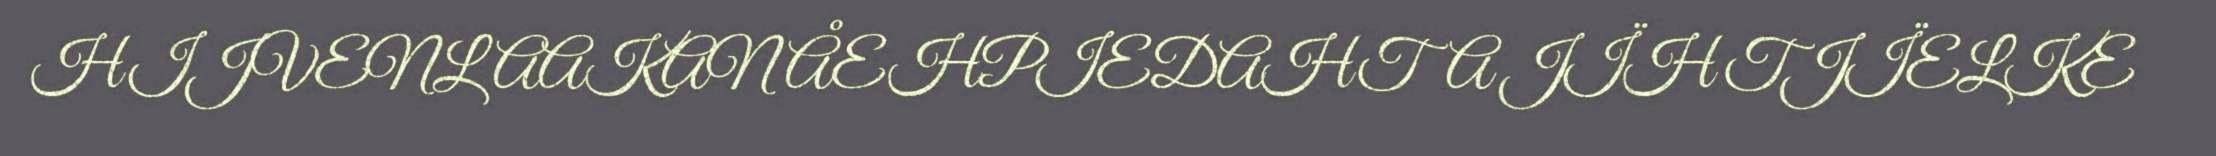
HIJVENLAAKAN ÅEHPIEDAHTA JÏH TJÏELKE